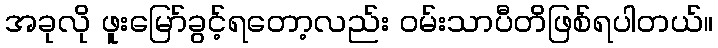
အခုလို ဖူးမြော်ခွင့်ရတော့လည်း ဝမ်းသာပီတိဖြစ်ရပါတယ်။